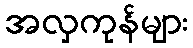
အလှကုန်များ